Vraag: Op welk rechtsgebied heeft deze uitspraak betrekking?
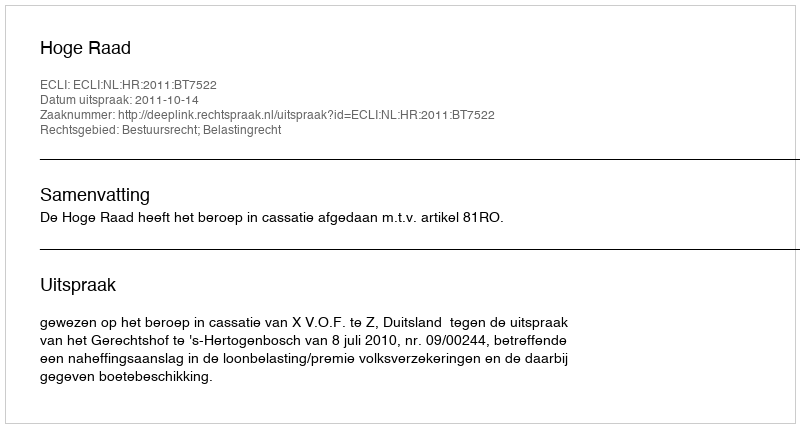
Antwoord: Bestuursrecht; Belastingrecht